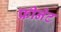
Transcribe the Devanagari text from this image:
फ्रीनेट